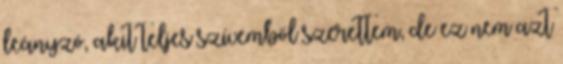
leányzó, akit teljes szívemből szerettem, de ez nem azt